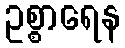
ဥစ္စာရေန